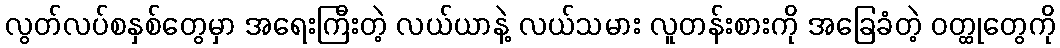
လွတ်လပ်စနှစ်တွေမှာ အရေးကြီးတဲ့ လယ်ယာနဲ့ လယ်သမား လူတန်းစားကို အခြေခံတဲ့ ဝတ္ထုတွေကို